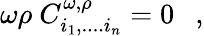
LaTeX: \omega\rho~C_{i_{1},....i_{n}}^{\omega,\rho}=0~~~,